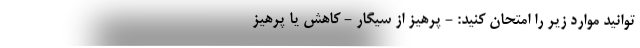
توانید موارد زیر را امتحان کنید: - پرهیز از سیگار - کاهش یا پرهیز